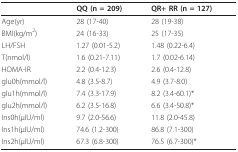
<table><thead><tr><td></td><td><b>QQ (n = 209)</b></td><td><b>QR+ RR (n = 127)</b></td></tr></thead><tbody><tr><td>Age(yr)</td><td>28 (17-40)</td><td>28 (19-38)</td></tr><tr><td>BMI(kg/m<sup>2</sup>)</td><td>24 (16-33)</td><td>25 (17-35)</td></tr><tr><td>LH/FSH</td><td>1.27 (0.01-5.2)</td><td>1.48 (0.22-6.4)</td></tr><tr><td>T(nmol/l)</td><td>1.6 (0.21-7.11)</td><td>1.7 (0.02-6.14)</td></tr><tr><td>HOMA-IR</td><td>2.2 (0.4-12.3)</td><td>2.6 (0.4-12.8)</td></tr><tr><td>glu0h(mmol/l)</td><td>4.8 (3.5-8.7)</td><td>4.9 (3.7-8.0)</td></tr><tr><td>glu1h(mmol/l)</td><td>7.4 (3.3-17.9)</td><td>8.2 (3.4-60.1)*</td></tr><tr><td>glu2h(mmol/l)</td><td>6.2 (3.5-16.8)</td><td>6.6 (3.4-50.8)*</td></tr><tr><td>Ins0h(μIU/ml)</td><td>9.7 (2.0-56.6)</td><td>11.8 (2.0-45.8)</td></tr><tr><td>Ins1h(μIU/ml)</td><td>74.6 (1.2-300)</td><td>86.8 (7.1-300)</td></tr><tr><td>Ins2h(μIU/ml)</td><td>67.3 (6.8-300)</td><td>76.5 (6.7-300)*</td></tr></tbody></table>